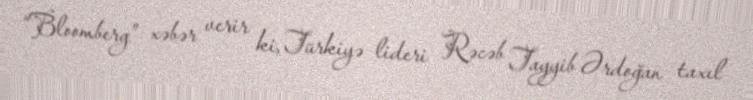
“Bloomberg” xəbər verir ki, Türkiyə lideri Rəcəb Tayyib Ərdoğan taxıl